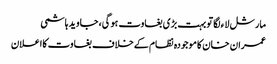
مارشل لاء لگا تو بہت بڑی بغاوت ہوگی، جاوید ہاشمی
عمران خان کاموجودہ نظام کےخلاف بغاوت کااعلان